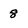
Character: 8